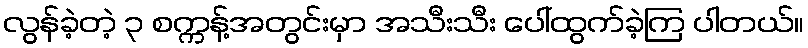
လွန်ခဲ့တဲ့ ၃ စက္ကန့်အတွင်းမှာ အသီးသီး ပေါ်ထွက်ခဲ့ကြ ပါတယ်။